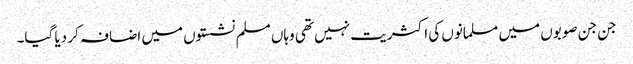
جن جن صوبوں میں مسلمانوں کی اکثریت نہیں تھی وہاں مسلم نشستوں میں اضافہ کر دیا گیا۔